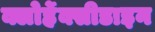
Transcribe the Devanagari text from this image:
क्लोर्हेक्सीडाइन